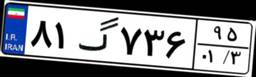
۸۱گ۷۳۶۹۵